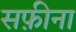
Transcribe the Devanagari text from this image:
सफ़ीना